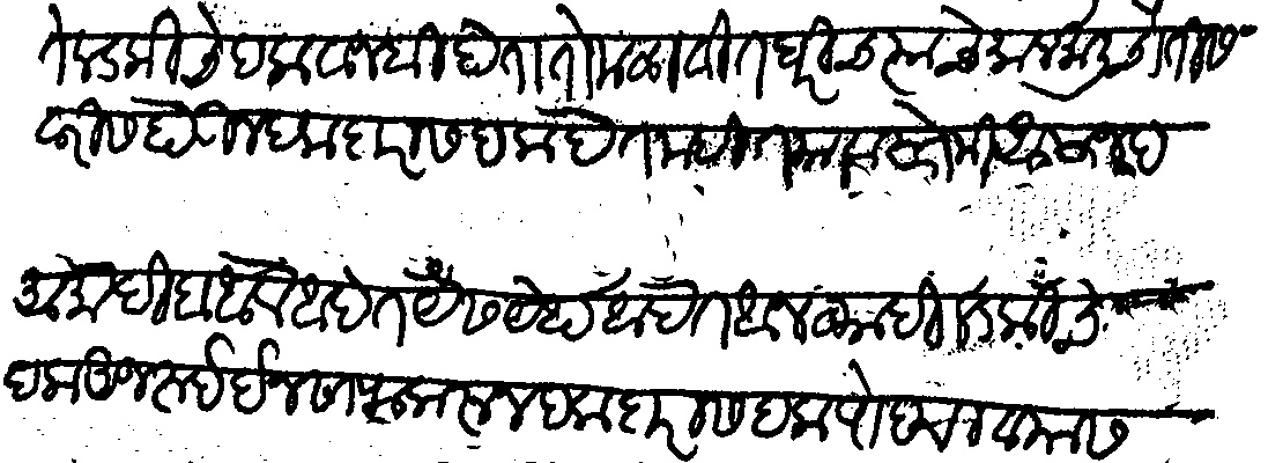
Transliteration (Devanagari): लडकीचे हक वाजबी होता तो मळा वीत घरीच त्याचे माल माली चौतीस वारीस होऊन हक दारास हक देत नाहीत यावास्ते मीर अमजद आं मोहीबा आले आहेत यैस येथ आहेत आन व्याही लडकीचे हक अजरुई इनसाफ करून हकदारास हक पोहचावयास